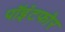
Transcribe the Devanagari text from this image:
पॉइंटफोर